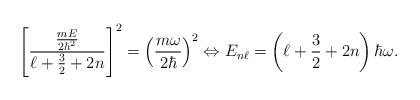
LaTeX: \begin{align*}\left[\frac{\frac{mE}{2\hbar^2}}{\ell+\frac{3}{2}+2n}\right]^2=\left(\frac{m\omega}{2\hbar}\right)^2\Leftrightarrow E_{n\ell}=\left(\ell+\frac{3}{2}+2n\right)\hbar\omega.\end{align*}